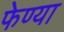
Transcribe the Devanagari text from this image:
फेण्या